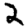
Digit: 2